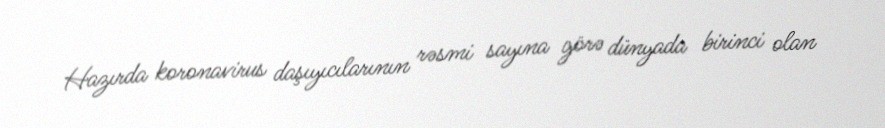
Hazırda koronavirus daşıyıcılarının rəsmi sayına görə dünyada birinci olan